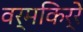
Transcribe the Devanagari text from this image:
वर्मकिर्रे